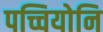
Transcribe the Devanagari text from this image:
पच्चियोनि